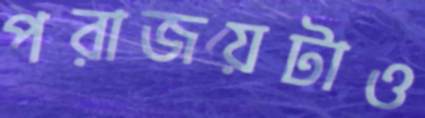
পরাজয়টাও